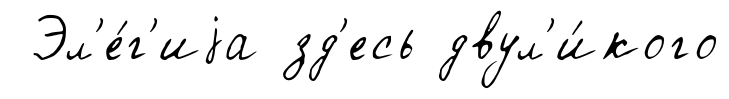
Эл'е́г'иjа зд'есь двул'и́кого